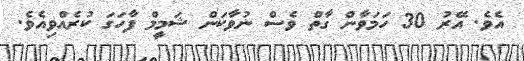
އެވެ. އޭރު 30 ހަމަވާން ގާތް ވެސް ނުވާކަން ޝަމީމް ފާހަގަ ކުރެއްވިއެވެ.